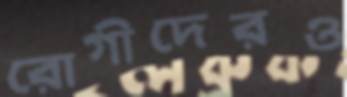
রোগীদেরও